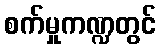
စက်မှုကဏ္ဍတွင်